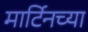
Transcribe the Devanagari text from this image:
मार्टिनच्या